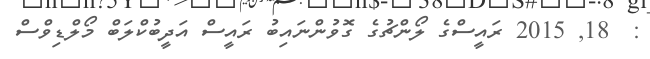
:  18